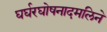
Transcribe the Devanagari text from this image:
घर्घरघोषनादमलिने